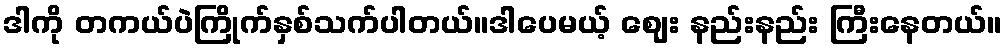
ဒါကို တကယ်ပဲကြိုက်နှစ်သက်ပါတယ်။ဒါပေမယ့် ဈေး နည်းနည်း ကြီးနေတယ်။